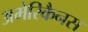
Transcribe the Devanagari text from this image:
अमेरिकैनस